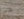
حتى